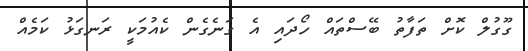
ގޫގުލް ކޮށް ތަފާތު ބޭސްތައް ހޯދައި އެ ގަނެގެން ކެއުމަކީ ރަނގަޅު ކަމެއް